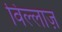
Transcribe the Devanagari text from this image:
विल्लाज़